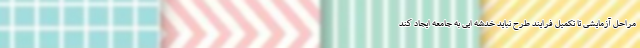
مراحل آزمایشی تا تکمیل فرایند طرح نباید خدشه ایی به جامعه ایجاد کند